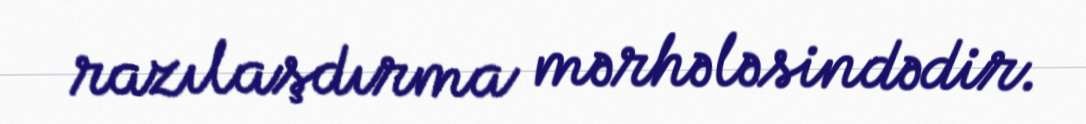
razılaşdırma mərhələsindədir.